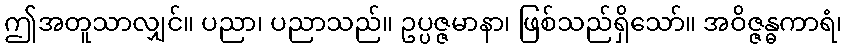
ဤအတူသာလျှင်။ ပညာ၊ ပညာသည်။ ဥပ္ပဇ္ဇမာနာ၊ ဖြစ်သည်ရှိသော်။ အဝိဇ္ဇန္ဓကာရံ၊